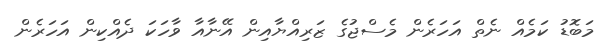
މަބޮޑު ކަމެއް ނެތް އަހަރެން މެސްޖުގެ ޒަރިއްޔާއިން އޭނާއާ ވާހަކަ ދެއްކިން އަހަރެން